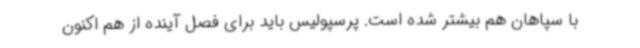
با سپاهان هم بیشتر شده است. پرسپولیس باید برای فصل آینده از هم اکنون